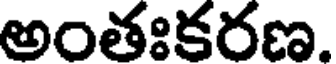
అంతఃకరణ.